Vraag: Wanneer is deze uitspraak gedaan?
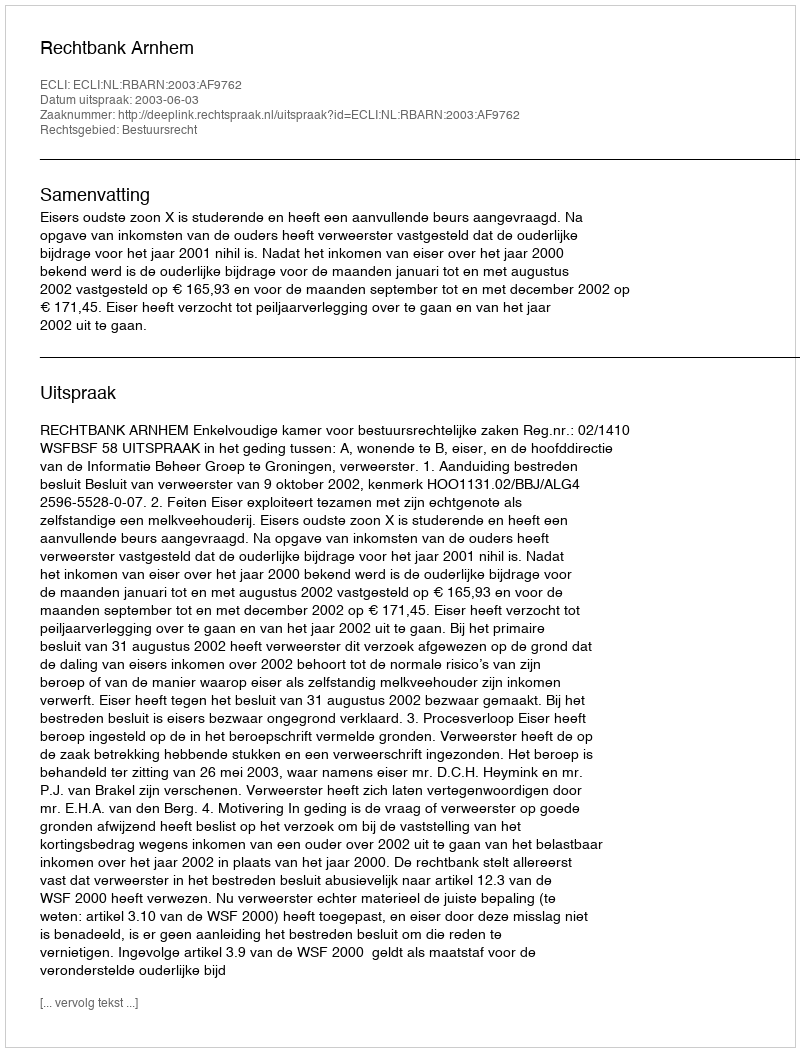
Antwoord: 2003-06-03